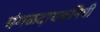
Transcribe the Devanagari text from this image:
मंगळदायकनिधी